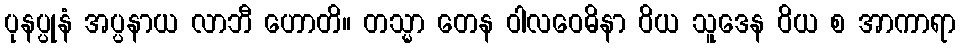
ပုနပ္ပုနံ အပ္ပနာယ လာဘီ ဟောတိ။ တသ္မာ တေန ဝါလဝေဓိနာ ဝိယ သူဒေန ဝိယ စ အာကာရာ